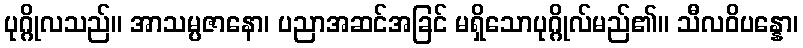
ပုဂ္ဂိုလသည်။ အာသမ္ပဇာနော၊ ပညာအဆင်အခြင် မရှိသောပုဂ္ဂိုလ်မည်၏။ သီလဝိပန္နော၊